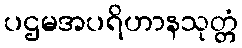
ပဌမအပရိဟာနသုတ္တံ